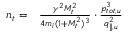
\begin{array} { r l } { n _ { t } = } & { { } \frac { \gamma ^ { 2 } M _ { t } ^ { 2 } } { 4 m _ { i } ( 1 + M _ { t } ^ { 2 } ) ^ { 3 } } \cdot \frac { p _ { t o t , u } ^ { 3 } } { q _ { \parallel , u } ^ { 2 } } } \end{array}